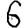
Digit: 6